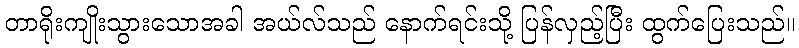
တာရိုးကျိုးသွားသောအခါ အယ်လ်သည် နောက်ရင်းသို့ ပြန်လှည့်ပြီး ထွက်ပြေးသည်။